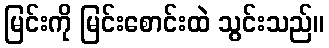
မြင်းကို မြင်းစောင်းထဲ သွင်းသည်။